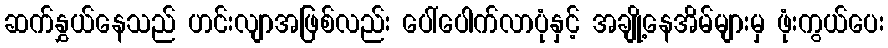
ဆက်နွှယ်နေသည် ဟင်းလျာအဖြစ်လည်း ပေါ်ပေါက်လာပုံနှင့် အချို့နေအိမ်များမှ ဖုံးကွယ်ပေး